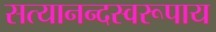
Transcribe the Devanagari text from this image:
सत्यानन्दस्वरूपाय